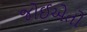
જોઈએતો